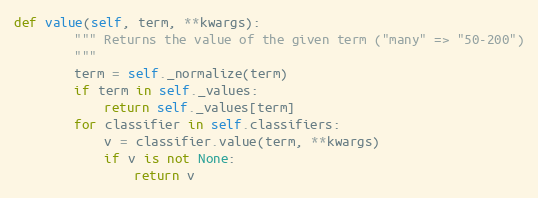
Language: Python
def value(self, term, **kwargs):
        """ Returns the value of the given term ("many" => "50-200")
        """
        term = self._normalize(term)
        if term in self._values:
            return self._values[term]
        for classifier in self.classifiers:
            v = classifier.value(term, **kwargs)
            if v is not None:
                return v